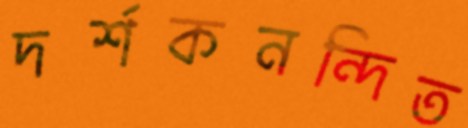
দর্শকনন্দিত